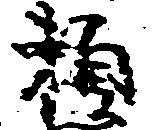
頼